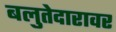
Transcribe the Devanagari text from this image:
बलुतेदारावर